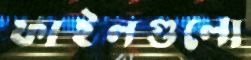
ফাইলগুলো